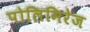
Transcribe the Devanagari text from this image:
पोलिमिरेज